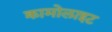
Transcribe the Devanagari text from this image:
क्रामोलाइट